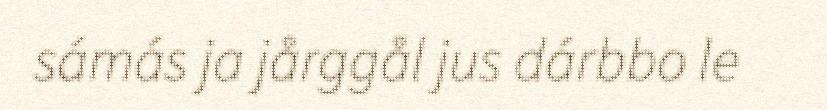
sámás ja jårggål jus dárbbo le